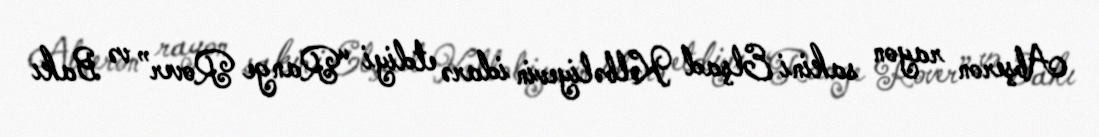
Abşeron rayon sakini Elşad Kəlbəliyevin idarə etdiyi “Range Rover” və Bakı